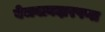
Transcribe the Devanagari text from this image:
बेजवाबदारपणा